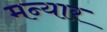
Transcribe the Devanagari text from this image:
मन्यार